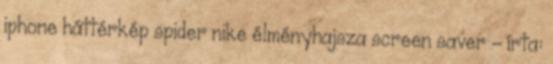
iphone háttérkép spider nike élményhajsza screen saver – írta: